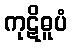
ကုဋိဓူပံ